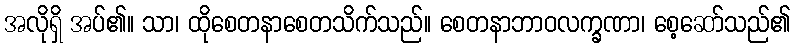
အလိုရှိ အပ်၏။ သာ၊ ထိုစေတနာစေတသိက်သည်။ စေတနာဘာဝလက္ခဏာ၊ စေ့ဆော်သည်၏